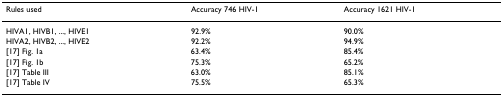
<table><thead><tr><td><b>Rules used</b></td><td><b>Accuracy 746 HIV-1</b></td><td><b>Accuracy 1621 HIV-1</b></td></tr></thead><tbody><tr><td>HIVA1, HIVB1, ..., HIVE1</td><td>92.9%</td><td>90.0%</td></tr><tr><td>HIVA2, HIVB2, ..., HIVE2</td><td>92.2%</td><td>94.9%</td></tr><tr><td>[17] Fig. 1a</td><td>63.4%</td><td>85.4%</td></tr><tr><td>[17] Fig. 1b</td><td>75.3%</td><td>65.2%</td></tr><tr><td>[17] Table III</td><td>63.0%</td><td>85.1%</td></tr><tr><td>[17] Table IV</td><td>75.5%</td><td>65.3%</td></tr></tbody></table>